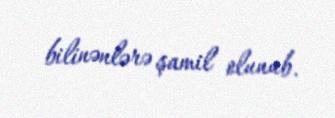
bilinənlərə şamil olunub.